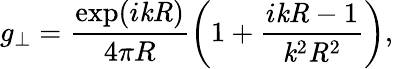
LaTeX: g_{\perp}=\frac{\exp(i\mathit{k}\mathit{R})}{4\pi R}\left(1+\frac{i\mathit{k}\mathit{R}-1}{\mathit{k}^{2}\mathit{R}^{2}}\right),